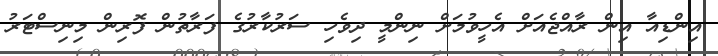
އިންޑިއާ އިން ރާއްޖެއަށް އެހީވުމަށް ނިންމީ ދިވެހި ސަރުކާރުގެ ފަރާތުން ފޮރިން މިނިސްޓަރު